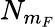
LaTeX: N_{m_{F}}